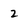
Character: 2